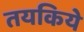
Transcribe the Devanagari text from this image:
तयकिये